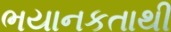
ભયાનકતાથી